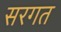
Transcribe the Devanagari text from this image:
सरगत